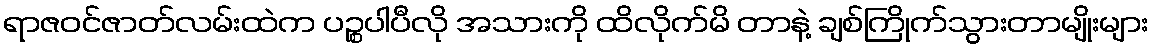
ရာဇဝင်ဇာတ်လမ်းထဲက ပဉ္စပါပီလို အသားကို ထိလိုက်မိ တာနဲ့ ချစ်ကြိုက်သွားတာမျိုးများ